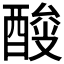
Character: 𰼎